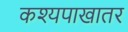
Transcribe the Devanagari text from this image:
कश्यपाखातर